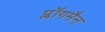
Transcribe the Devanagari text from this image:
प्लॉगमैन